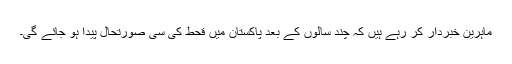
ماہرین خبردار کر رہے ہیں کہ چند سالوں کے بعد پاکستان میں قحط کی سی صورتحال پیدا ہو جائے گی۔